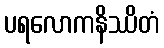
ပရလောကနိဿိတံ